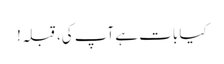
کیا بات ہے آپ کی، قبلہ!